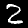
Digit: 2